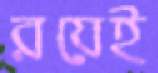
রয়েই